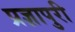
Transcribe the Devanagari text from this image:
प्रज्ञापुरी